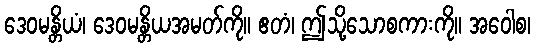
ဒေဝမန္တိယံ၊ ဒေဝမန္တိယအမတ်ကို။ ဧတံ၊ ဤသို့သောစကားကို။ အဝေါစ၊